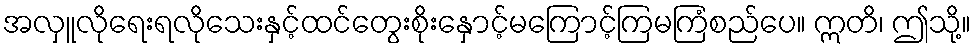
အလှူလိုရေးရလိုသေးနှင့်ထင်တွေးစိုးနှောင့်မကြောင့်ကြမကြံစည်ပေ။ ဣတိ၊ ဤသို့။